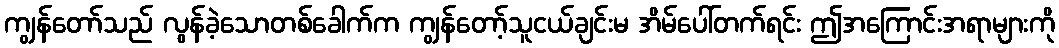
ကျွန်တော်သည် လွန်ခဲ့သောတစ်ခေါက်က ကျွန်တော့်သူငယ်ချင်းမ အိမ်ပေါ်တက်ရင်း ဤအကြောင်းအရာများကို